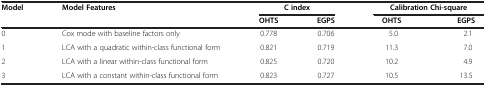
<table><thead><tr><td><b>Model</b></td><td><b>Model Features</b></td><td colspan="2"><b>C index</b></td><td colspan="2"><b>Calibration Chi-square</b></td></tr><tr><td><b> </b></td><td><b> </b></td><td><b>OHTS</b></td><td><b>EGPS</b></td><td><b>OHTS</b></td><td><b>EGPS</b></td></tr></thead><tbody><tr><td>0</td><td>Cox mode with baseline factors only</td><td>0.778</td><td>0.706</td><td>5.0</td><td>2.1</td></tr><tr><td>1</td><td>LCA with a quadratic within-class functional form</td><td>0.821</td><td>0.719</td><td>11.3</td><td>7.0</td></tr><tr><td>2</td><td>LCA with a linear within-class functional form</td><td>0.825</td><td>0.720</td><td>10.2</td><td>4.9</td></tr><tr><td>3</td><td>LCA with a constant within-class functional form</td><td>0.823</td><td>0.727</td><td>10.5</td><td>13.5</td></tr></tbody></table>